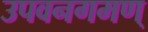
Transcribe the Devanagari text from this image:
उपवनगमण्